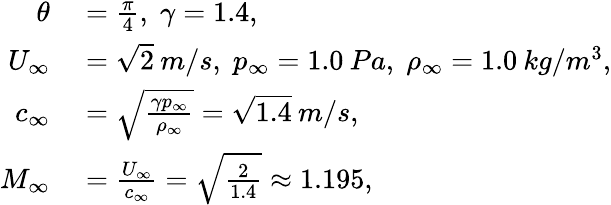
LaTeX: \begin{array}{rl}{\theta}&{{}=\frac{\pi}{4},\; \gamma=1.4,}\\ {U_{\infty}}&{{}=\sqrt{2}\: m/s,\; p_{\infty}=1.0\: Pa,\; \rho_{\infty}=1.0\: kg/m^{3},}\\ {c_{\infty}}&{{}=\sqrt{\frac{\gamma p_{\infty}}{\rho_{\infty}}}=\sqrt{1.4}\: m/s,}\\ {M_{\infty}}&{{}=\frac{U_{\infty}}{c_{\infty}}=\sqrt{\frac{2}{1.4}}\approx 1.195,}\end{array}